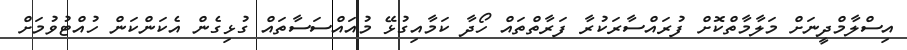
އިސްލާމްދީނަށް މަލާމާތްކޮށް ފުރައްސާރަކުރާ ފަރާތްތަައް ހޯދާ ކަމާއިގުޅޭ މުއައްސަސާތައް ގުޅިގެން އެކަންކަން ހުއްޓުވުމަށް